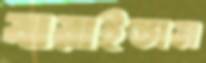
ঝরাইতাম